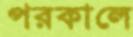
পরকালে